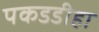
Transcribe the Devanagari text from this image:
पकडडीहा